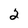
Character: 2